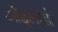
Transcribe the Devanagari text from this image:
ओंडूलाडो